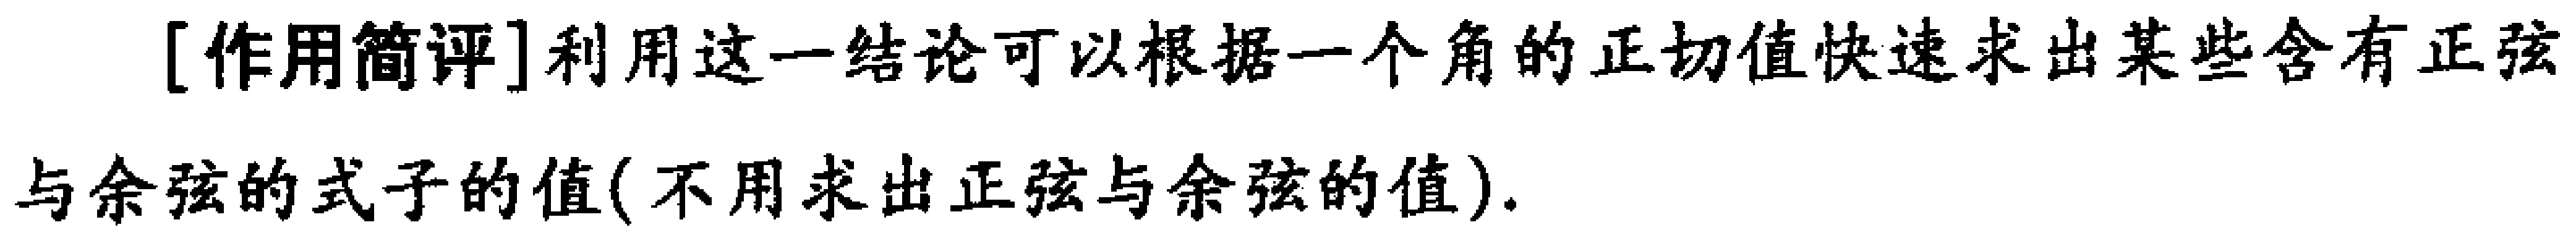
[作用简评]利用这一结论可以根据一个角的正切值快速求出某些含有正弦与余弦的式子的值(不用求出正弦与余弦的值).